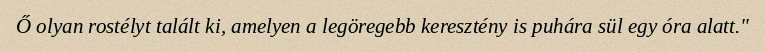
Ő olyan rostélyt talált ki, amelyen a legöregebb keresztény is puhára sül egy óra alatt."